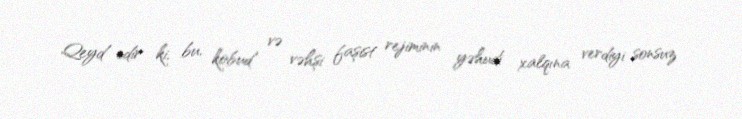
Qeyd edir ki, bu, kobud və vəhşi faşist rejiminin yəhudi xalqına verdiyi sonsuz